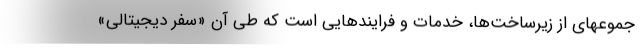
جموعهای از زیرساخت‌ها، خدمات و فرایندهایی است که طی آن «سفر دیجیتالی»